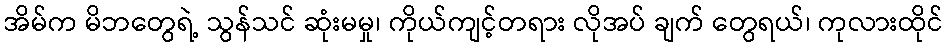
အိမ်က မိဘတွေရဲ့ သွန်သင် ဆုံးမမှု၊ ကိုယ်ကျင့်တရား လိုအပ် ချက် တွေရယ်၊ ကုလားထိုင်